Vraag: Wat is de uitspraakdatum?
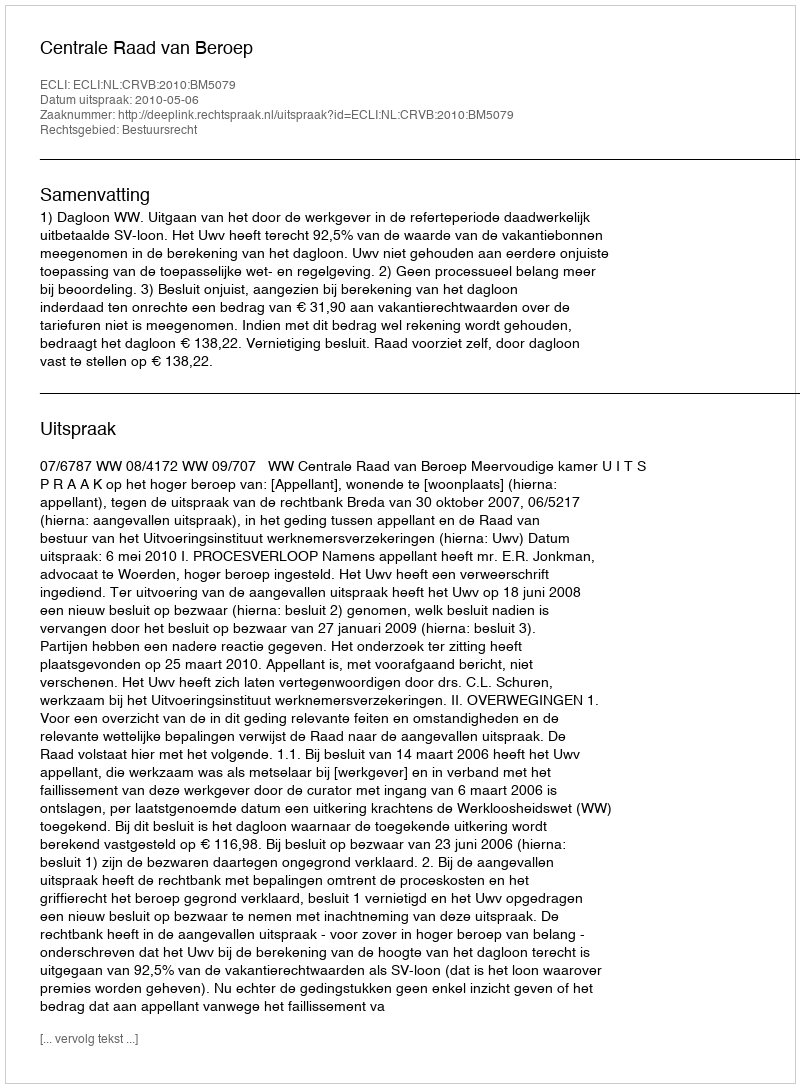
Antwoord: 2010-05-06